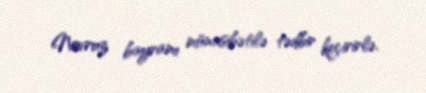
Novruz bayramı münasibətilə tədbir keçirirlə.